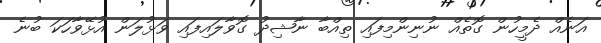
އަނެއް ދެމީހުން ގޮތެއް ނުނިންމިފައި ތިއްބާ ނާޝިދު ގޮވާލައިފައި ވަޅުލަން އުޅޭވާހަކަ ބުނެ